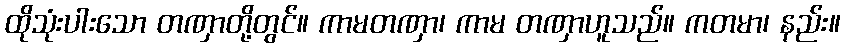
ထိုသုံးပါးသော တဏှာတို့တွင်။ ကာမတဏှာ၊ ကာမ တဏှာဟူသည်။ ကတမာ၊ နည်း။